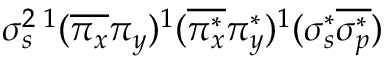
\sigma _ { s } ^ { 2 } { } \, ^ { 1 } ( \overline { { \pi _ { x } } } \pi _ { y } ) ^ { 1 } ( \overline { { \pi _ { x } ^ { * } } } \pi _ { y } ^ { * } ) ^ { 1 } ( \sigma _ { s } ^ { * } \overline { { \sigma _ { p } ^ { * } } } )